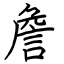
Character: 詹